system: You are a helpful assistant.
user:
Analyze the provided spectrum to determine if it is a **M-type Giant (gM)**.

A M-type Giant spectrum is defined by its **strong molecular absorption** features, particularly from **Titanium Oxide (TiO)**. You must check for one of the following mutually exclusive signatures:

- **Key Visual Indicators (Absorption-Dominated Spectrum):**

    - **(Primary):** The spectrum is dominated by strong molecular absorption from **Titanium Oxide (TiO)**. This is the **defining feature** of its M-type temperature class.
        - **(Key Bandheads):** Look for sharp, "saw-tooth" absorption valleys. The strongest are located near **~7050 Å**, **~6160 Å**, and **~5170 Å**.
        - **(Line Profile):** The "saw-tooth" morphology is critical: a **sharp, steep drop on the BLUE (short-wavelength) side** of the bandhead, followed by a gradual recovery (rising flux) towards the RED (long-wavelength) side.

    - **(Key Confirmation - Giant vs. Dwarf):** **ABSENCE** of strong **Calcium Hydride (CaH)** molecular bands. This is the primary diagnostic for *excluding* M-dwarfs.
        - **(Key Region):** The spectrum should lack the strong, broad absorption band seen in dwarfs between **~6800 Å and ~7000 Å**.

    - **(Secondary Confirmation - Giant):** A very strong and broad **Neutral Calcium (Ca I)** atomic absorption line.
        - **(Key Line):** Located at **~4226 Å**. In a giant (gM), this line is significantly deeper and broader than the same line in an M-dwarf (dM) due to low surface gravity.

    - **(Overall Spectrum):**
        - The continuum is **extremely red-sloping** (i.e., flux is very low in the blue and rises dramatically towards the red).
        - The entire spectrum appears "chopped up" by the deep TiO bands.

Think first, call **spectral_visualization_tool** if needed to examine features in detail, then provide your final answer. Your response must adhere to the following strict rules:
1.  **Overall Structure:** Your response must follow the format `<think>...</think> <tool_call>...</tool_call> (if a tool is used) <answer>...</answer>`.
2.  **Tool Usage Constraint:** You may only make **one** tool call per turn.
3.  **Final Answer Format:** In the `<answer>` tag, your conclusion must be inside a `\boxed{}` command (e.g., `\boxed{YES}` or `\boxed{NO}`), followed by your justification.

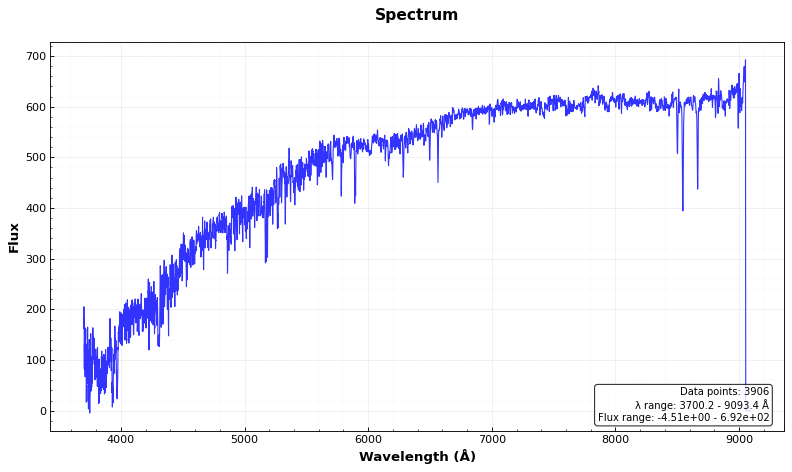
Answer: NO